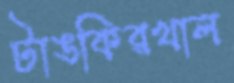
টাঙকিরখাল